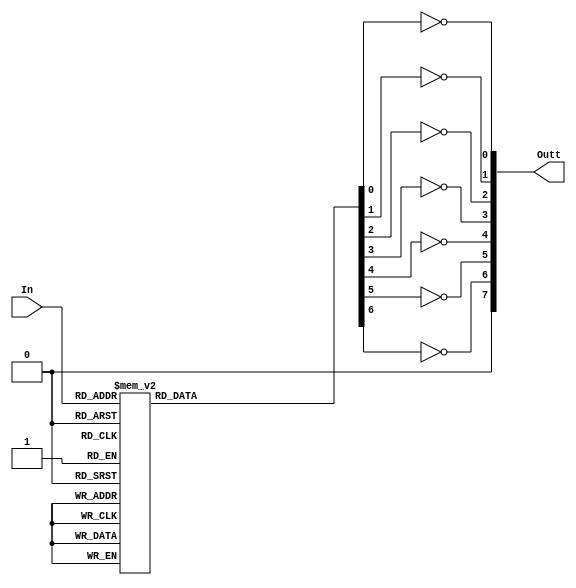
`timescale 1ns / 1ps
//////////////////////////////////////////////////////////////////////////////////
// Company: 
// Engineer: 
// 
// Design Name: 
// Module Name: SSeg_driver
// Project Name: 
// Target Devices: 
// Tool Versions: 
// Description: 
// 
// Dependencies: 
// 
// Revision:
// Revision 0.01 - File Created
// Additional Comments:
// 
//////////////////////////////////////////////////////////////////////////////////
 // Common-anode 7 segment display driver

module SSD_driver(In, Outt);
input wire [3:0] In;
output [7:0] Outt;  // includes decimal point

reg [6:0] Out;

// logic description
always@(*)
begin
    case(In)
        4'b0000 : Out = 8'b10111111;    // 0
        4'b0001 : Out = 8'b10000110;    // 1 
        4'b0010 : Out = 8'b11011011;    // 2
        4'b0011 : Out = 8'b11001111;    // 3
        4'b0100 : Out = 8'b11100110;    // 4 
        4'b0101 : Out = 8'b11101101;    // 5
        4'b0110 : Out = 8'b11111101;    // 6 
        4'b0111 : Out = 8'b10000111;    // 7 
        4'b1000 : Out = 8'b11111111;    // 8
        4'b1001 : Out = 8'b11101111;    // 9
        default : Out = 8'bzzzzzzzz;
    endcase
end

assign Outt = {~Out[6],~Out[5],~Out[4],~Out[3],~Out[2],~Out[1],~Out[0]};

endmodule